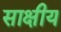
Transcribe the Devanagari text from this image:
साक्षीय